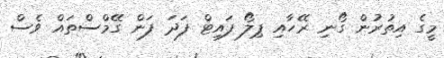
މީގެ އިތުރުން ގޯނި ރޭހާއި ޕިލޯ ފައިޓް ފަދަ ފަން ގޭމްސްތައް ވެސް